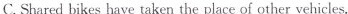
C. Shared bikes have taken the place of other vehicles.